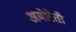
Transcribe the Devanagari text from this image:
अमोरेती